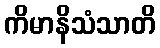
ကိမာနိသံသာတိ